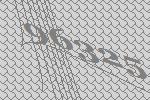
96325